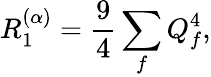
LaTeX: R_{1}^{(\alpha)}=\frac{9}{4}\sum_{f}Q_{f}^{4},